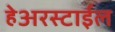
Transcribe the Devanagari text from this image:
हेअरस्टाईल